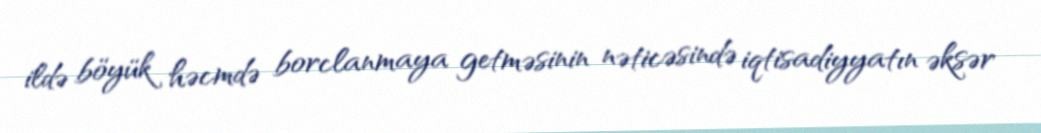
ildə böyük həcmdə borclanmaya getməsinin nəticəsində iqtisadiyyatın əksər